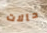
حالات